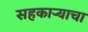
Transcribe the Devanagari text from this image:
सहकार्‍याचा